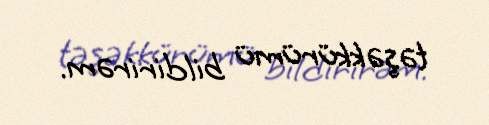
təşəkkürümü bildirirəm.